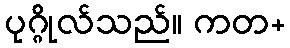
ပုဂ္ဂိုလ်သည်။ ကတ+